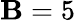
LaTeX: \mathbf{B}=5